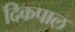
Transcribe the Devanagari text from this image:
दिकपाल